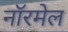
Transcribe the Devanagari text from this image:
नॉरमेल